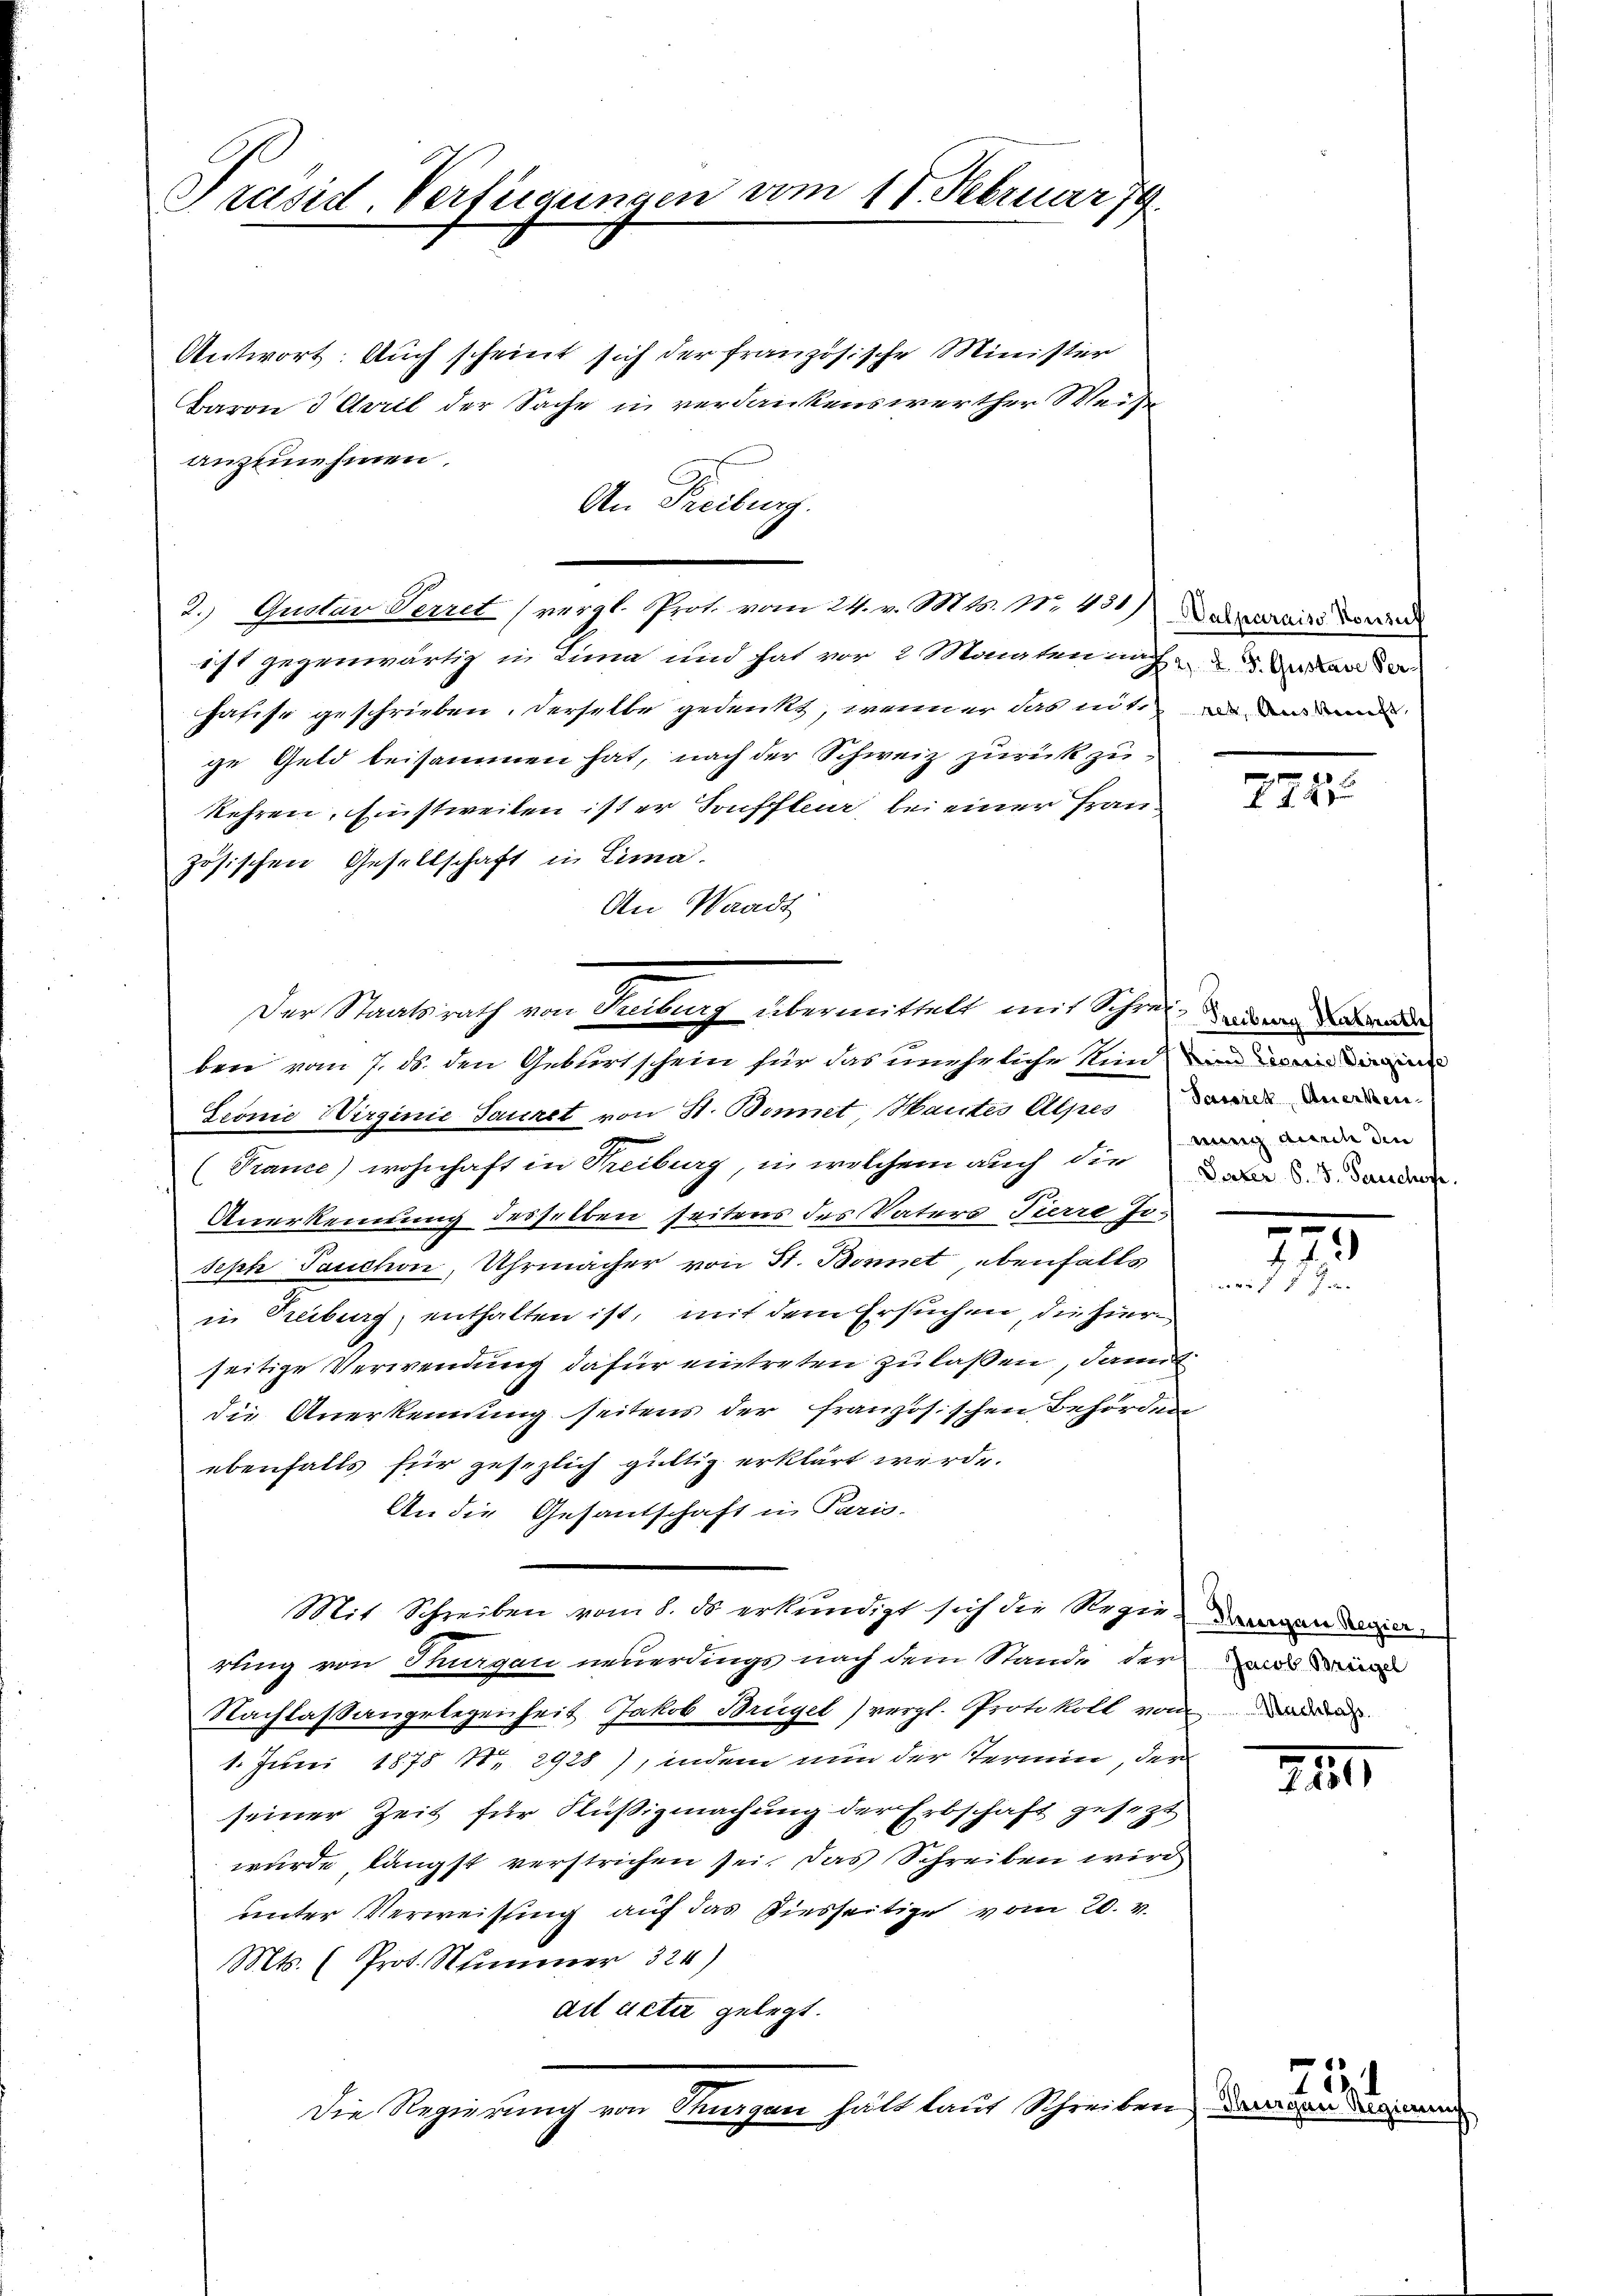
Präsid. Verfügungen vom 17. Februar 79

Antwort: Auch scheint sich der französische Minister
Baron 3 April der Sache in verdankenswerther Weise
anzunehmen.
ist gegenwärtig in Lima und hat vor 2 Monten nach an der
hasse geschrieben. Derselbe gedenkt, wenn er das mit d
ge Geld beisammen hat, nach der Schweiz zurückzukehren. Einstweilen ist er Souffleur, bei einer Frauzösischen Gesellschaft in Lima.
An Waadt
ben vom 7. ds. den Geburt schein für das unehrliche Rinden man i
Leonie Wirginie Sauret von St. Bonnet, Sautes Alpesen
(France) wohnhaft in Treiburg, in welchem auch die ober des Sandere
Anerkennung desselben seitens des Vaters Tierre Joseph Tauchon, Uhrmacher von St. Bonnet ebenfalls
in Treiburg, enthalten ist, mit dem Ersuchen, die hierseitige Verwendung dafür eintreten zu laßen, damit
die Anerkennung seitens der französischen Behörden
ebenfalls für gesezlich gültig erklärt werde.
An die Gesantschaft in Paris.
Mit Schreiben vom 8. ds. erkundigt sich die Regie daran darin,
rling von Thurgau neuerdings nach dem Stande der und in
Nachlaßangelegenheit Jakob Brügel) vergl. Protokoll von
1. Juni 1878 Nr. 2928), indem nun der Termin, der
seiner Zeit für Flüßigmachung der Erbschaft gesezt
wurde längst verstrichen sei. Das Schreiben wird
unter Verweisung auf das Diesseitige vom 20. v.
Mts. (Prot. Nummer 324)
ad acta gelegt.
Die Regierung von Segen hält laut Schreiben daran

An Freiburg.
2.) Gustan Verret (vergl. Prot. vom 24. v. Mts. Nr. 151) Dasseruirt werd

Der Staatsrath von Freiburg übermittelt mit Schrei- de

2727

wing durch den

.
17
arif 1 Ja

1111